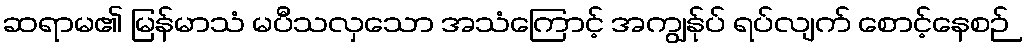
ဆရာမ၏ မြန်မာသံ မပီသလှသော အသံကြောင့် အကျွန်ုပ် ရပ်လျက် စောင့်နေစဉ်